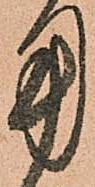
用